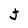
Character: J